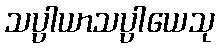
သပ္ပါယာသပ္ပါယေသု